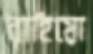
বাহিয়ো